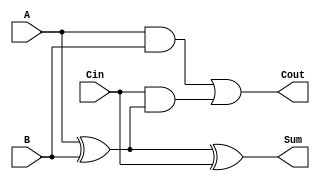
module full_adder (
    input wire A,      // Input bit 1
    input wire B,      // Input bit 2
    input wire Cin,    // Carry-in bit
    output wire Sum,   // Sum output
    output wire Cout   // Carry-out output
);

// Internal signals for the intermediate calculations
wire A_xor_B;

// Calculate the Sum
assign A_xor_B = A ^ B;          // A XOR B
assign Sum = A_xor_B ^ Cin;      // Sum = (A XOR B) XOR Cin

// Calculate the Cout
assign Cout = (A & B) | (Cin & A_xor_B); // Cout = (A AND B) OR (Cin AND (A XOR B))

endmodule